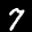
Label: 7